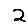
Digit: 2